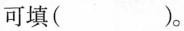
可填（ ）。